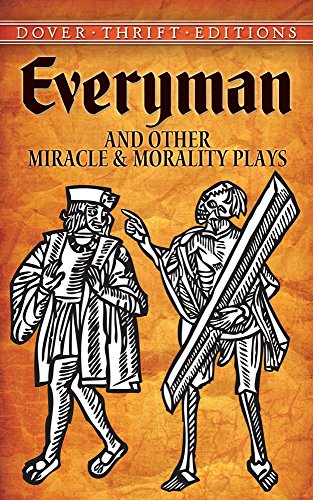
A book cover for Everyman and Other Miracle and Morality Plays (Dover Thrift Editions); Anonymous; Literature & Fiction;